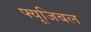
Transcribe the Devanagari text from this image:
फ्यूजिबल